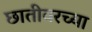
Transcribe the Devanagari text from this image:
छातीवरच्या